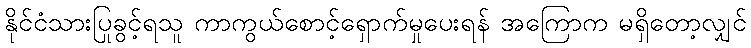
နိုင်ငံသားပြုခွင့်ရသူ ကာကွယ်စောင့်ရှောက်မှုပေးရန် အကြောက မရှိတော့လျှင်